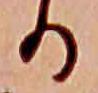
る